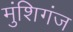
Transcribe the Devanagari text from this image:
मुंशिगंज